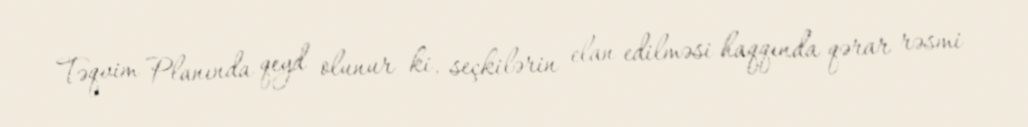
Təqvim Planında qeyd olunur ki, seçkilərin elan edilməsi haqqında qərar rəsmi